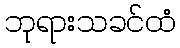
ဘုရားသခင်ထံ